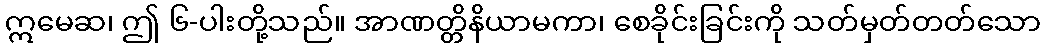
ဣမေဆ၊ ဤ ၆-ပါးတို့သည်။ အာဏတ္တိနိယာမကာ၊ စေခိုင်းခြင်းကို သတ်မှတ်တတ်သော